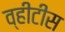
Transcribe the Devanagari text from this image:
व्हीटीस